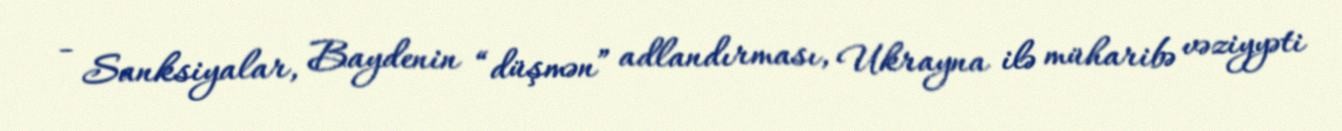
- Sanksiyalar, Baydenin “düşmən” adlandırması, Ukrayna ilə müharibə vəziyyəti